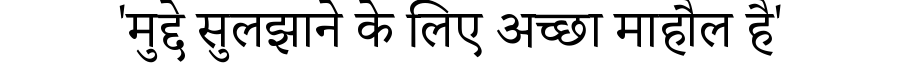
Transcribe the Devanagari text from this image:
'मुद्दे सुलझाने के लिए अच्छा माहौल है'